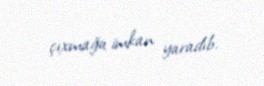
çıxmağa imkan yaradıb.